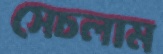
সেচলাম